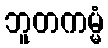
ဘူတကမ္မံ